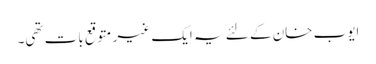
ایوب خان کے لئے یہ ایک غیر متوقع بات تھی۔